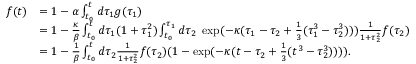
\begin{array} { r l } { f ( t ) } & { = 1 - \alpha \int _ { t _ { 0 } } ^ { t } d \tau _ { 1 } g ( \tau _ { 1 } ) } \\ & { = 1 - \frac \kappa \beta \int _ { t _ { 0 } } ^ { t } d \tau _ { 1 } ( 1 + \tau _ { 1 } ^ { 2 } ) \int _ { t _ { 0 } } ^ { \tau _ { 1 } } d \tau _ { 2 } \ \exp ( - \kappa ( \tau _ { 1 } - \tau _ { 2 } + \frac 1 3 ( \tau _ { 1 } ^ { 3 } - \tau _ { 2 } ^ { 3 } ) ) ) \frac 1 { 1 + \tau _ { 2 } ^ { 2 } } f ( \tau _ { 2 } ) } \\ & { = 1 - \frac 1 \beta \int _ { t _ { 0 } } ^ { t } d \tau _ { 2 } \frac 1 { 1 + \tau _ { 2 } ^ { 2 } } f ( \tau _ { 2 } ) ( 1 - \exp ( - \kappa ( t - \tau _ { 2 } + \frac 1 3 ( t ^ { 3 } - \tau _ { 2 } ^ { 3 } ) ) ) ) . } \end{array}